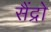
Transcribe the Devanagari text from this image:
सैंद्रो